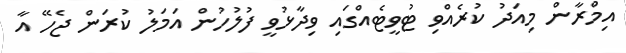
އިމްރާން މިއަދު ކުރެއްވި ޓުވީޓެއްގައި ވިދާޅުވީ ފުލުހުން އަމަލު ކުރަން ޖެހޭ އާ